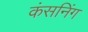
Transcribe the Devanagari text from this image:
कंसनिंग